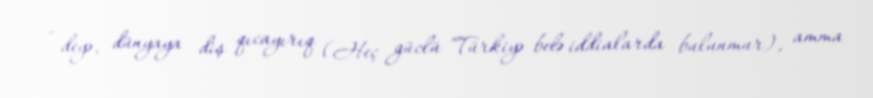
- deyə, dünyaya diş qıcayırıq (Heç güclü Türkiyə belə iddialarda bulunmur), amma